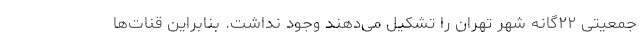
جمعیتی ۲۲گانه شهر تهران را تشکیل می‌دهند وجود نداشت. بنابراین قنات‌ها